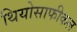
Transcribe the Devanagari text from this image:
थियोसाफीकल